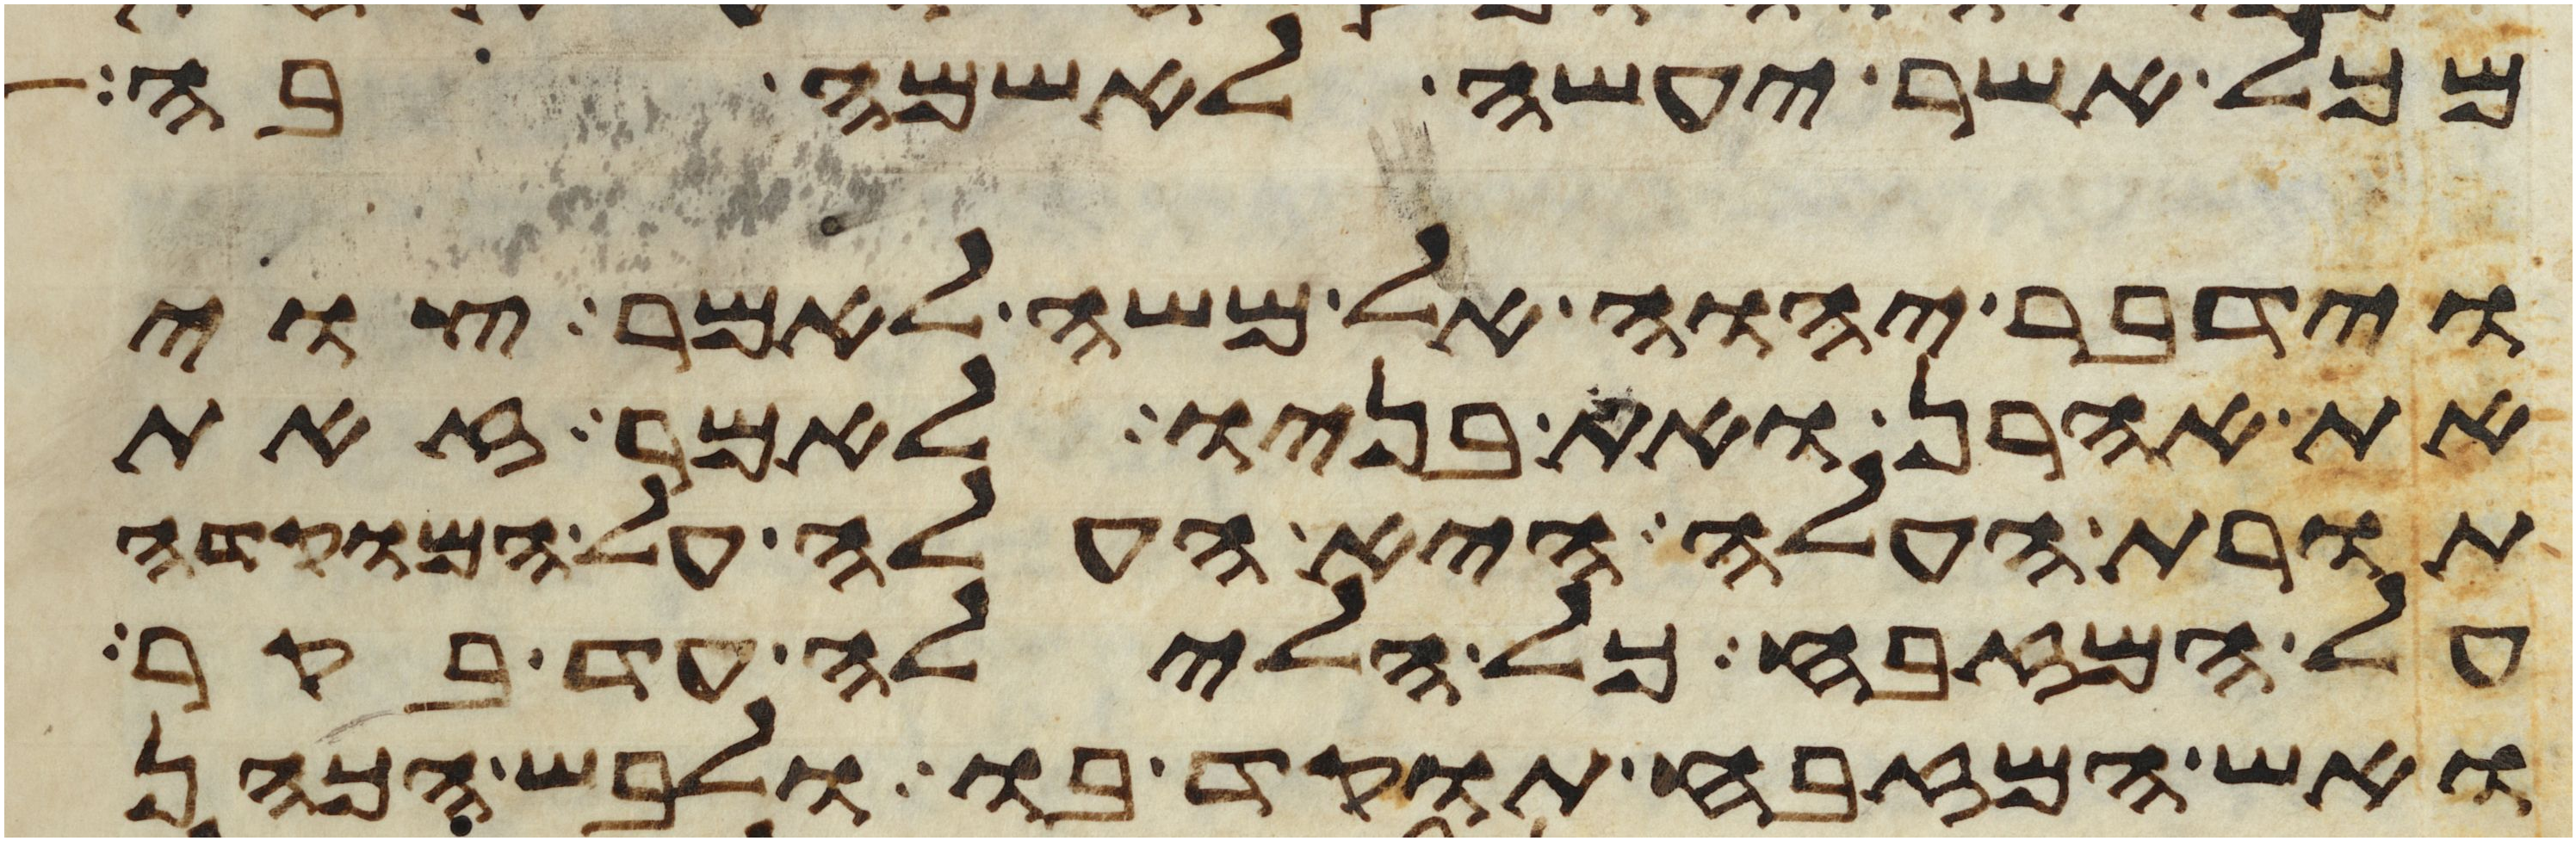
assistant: מכל אשר יעשה לאשמה בה
וידבר יהוה אל משה לאמר צוי
את אהרן ואת בניו לאמר זאת
תורת העלה היא העלה על המוקדה
על המזבח כל הלילה עד בקר
ואש המזבח תוקד בו ולבש הכהן